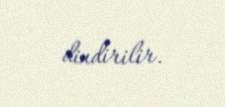
dindirilir.